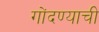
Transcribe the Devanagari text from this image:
गोंदण्याची